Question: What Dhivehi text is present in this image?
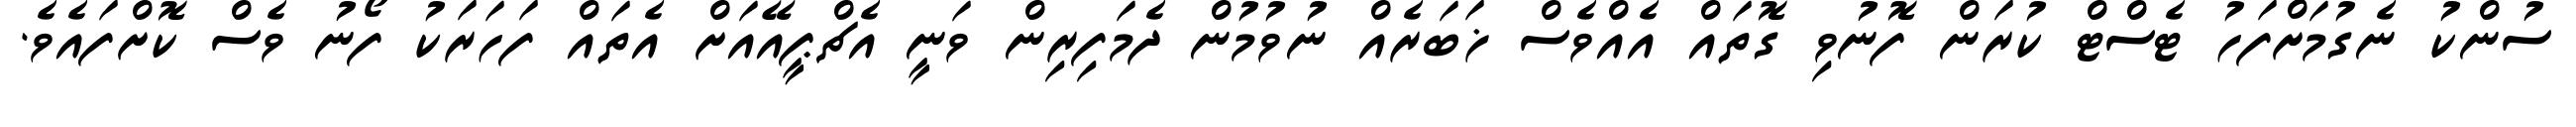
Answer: ސުންކު ނެގުމަށްފަހު ޓެސްޓް ކުރަން ފޮނުވި ގޮތައް އެއްވެސް ޚަބަރެއް ނުވުމުން ދެމަފިރިން ވަނީ އެޗްޕީއޭއަށް އެތައް ފަހަރަކު ފޯނު ވެސް ކޮށްފައެވެ.